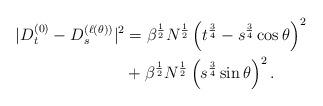
LaTeX: \begin{align*} \begin{aligned} |D_t^{(0)}-D_s^{(\ell(\theta))}|^2&= \beta^{\frac{1}{2} }N^{\frac{1}{2}}\left(t^{\frac{3}{4}}-s^{\frac{3}{4}}\cos\theta\right)^2 \\ & + \beta^{\frac{1}{2}}N^{\frac{1}{2}}\left(s^{\frac{3}{4}}\sin\theta\right)^2. \end{aligned} \end{align*}